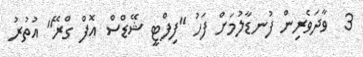
3  ވާދަވެރިން ފުނޑާލުމަށް ފަހު "ފިފްޓީ ޝޭޑްސް އޮފް ގްރޭ" އުތުރު